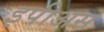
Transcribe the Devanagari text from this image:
इपीअस